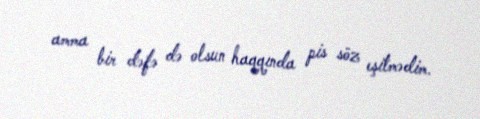
amma bir dəfə də olsun haqqında pis söz eşitmədim.